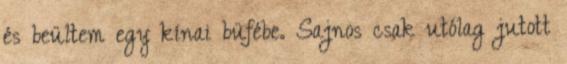
és beültem egy kínai büfébe. Sajnos csak utólag jutott